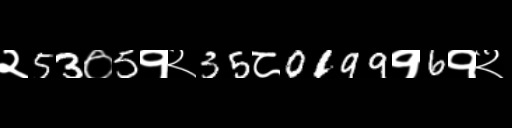
Text: २53०5१२35८0199१6१२